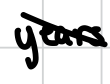
Text: years
Cross-out: mix
Writing tool: digital_black